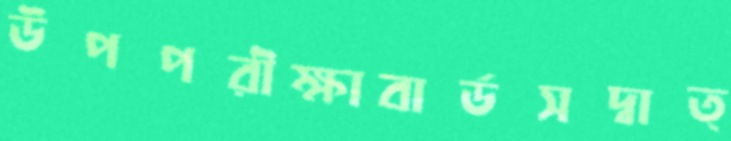
উপপরীক্ষাবার্ডসদ্বাত্